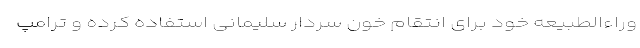
وراء‌الطبیعه خود برای انتقام خون سردار سلیمانی استفاده کرده و ترامپ